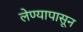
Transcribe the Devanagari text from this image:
लेण्यापासून